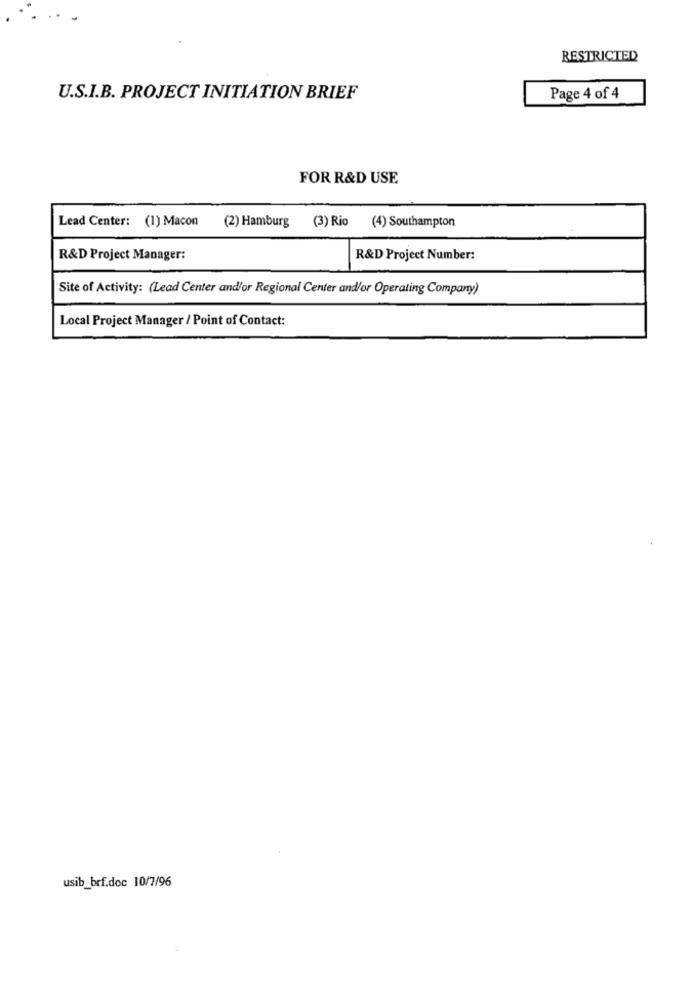
RESTRICTED
U.S.I.B. PROJECT INITIATION BRIEF
Page 4 of 4
FOR R&D USE
Lead Center: (1) Macon
(2) Hamburg
(3) Rio
(4) Southampton
R&D Project Manager:
R&D Project Number:
Site of Activity: (Lead Center and/or Regional Center and/or Operating Company)
Local Project Manager / Point of Contact:
usib_brf.doc 10/7/96